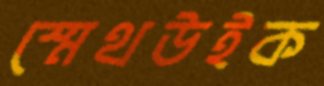
স্মেথউইক